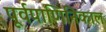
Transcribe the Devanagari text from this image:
पूर्वपाणिनिकाल